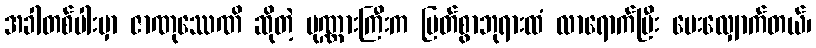
အခါတစ်ပါးမှာ ဇာဏုဿေဏိ ဆိုတဲ့ ပုဏ္ဏားကြီးက မြတ်စွာဘုရားထံ လာရောက်ပြီး မေးလျှောက်တယ်၊